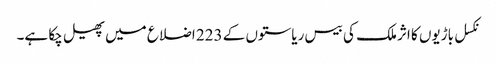
نکسل باڑیوں کا اثر ملک کی بیس ریاستوں کے 223 اضلاع میں پھیل چکا ہے۔